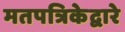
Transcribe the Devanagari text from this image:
मतपत्रिकेद्वारे